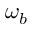
\omega _ { b }